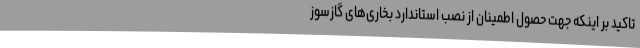
تاکید بر اینکه جهت حصول اطمینان از نصب استاندارد بخاری‌های گازسوز